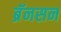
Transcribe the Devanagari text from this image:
ब्रॅनसन